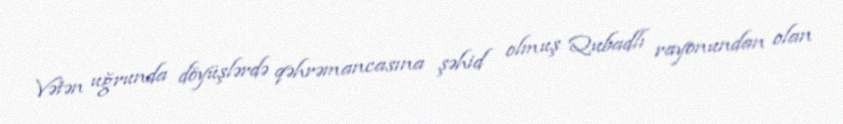
Vətən uğrunda döyüşlərdə qəhrəmancasına şəhid olmuş Qubadlı rayonundan olan